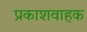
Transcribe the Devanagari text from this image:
प्रकाशवाहक